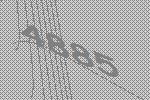
4885